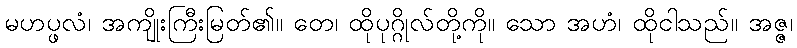
မဟပ္ဖလံ၊ အကျိုးကြီးမြတ်၏။ တေ၊ ထိုပုဂ္ဂိုလ်တို့ကို။ သော အဟံ၊ ထိုငါသည်။ အဇ္ဇ၊